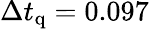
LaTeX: \Delta t_{\mathrm{q}}=0.097